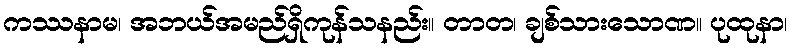
ကဿနာမ၊ အဘယ်အမည်ရှိကုန်သနည်း။ တာတ၊ ချစ်သားသောဏ။ ပုထုနာ၊